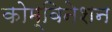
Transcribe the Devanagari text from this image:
कोम्बिनेशन